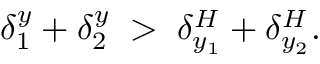
\delta _ { 1 } ^ { y } + \delta _ { 2 } ^ { y } \; > \; \delta _ { y _ { 1 } } ^ { H } + \delta _ { y _ { 2 } } ^ { H } .